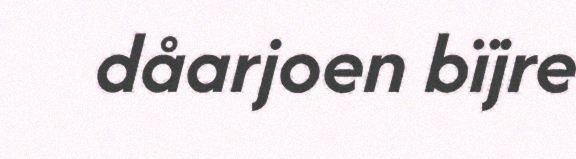
dåarjoen bïjre